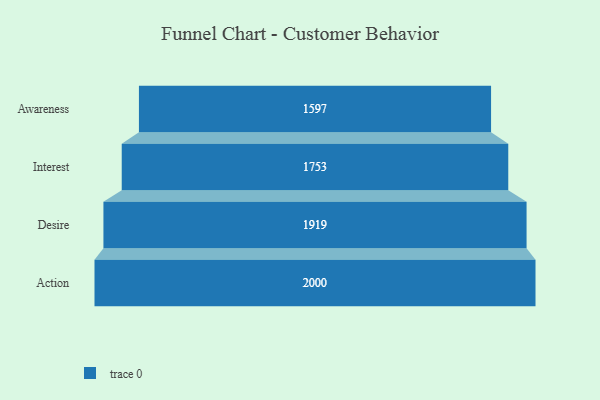
{"axis": {"x": "Stage", "y": "Value"}, "legend": [""], "data": [{"x": "Awareness", "y": 1597.0, "type": ""}, {"x": "Interest", "y": 1753.0, "type": ""}, {"x": "Desire", "y": 1919.0, "type": ""}, {"x": "Action", "y": 2000, "type": ""}]}